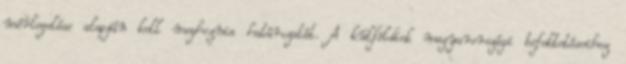
mérlegelése alapján kell meghoznia határozatát. A külföldiek magyarországi befektetéseihez